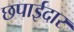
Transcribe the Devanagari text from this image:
छपाईदार